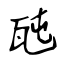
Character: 瓲